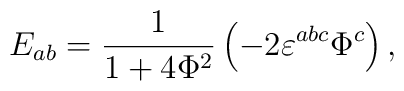
E_{ab}=\frac 1{1+4\Phi ^2}\left( -2\varepsilon ^{abc}\Phi ^c\right) ,